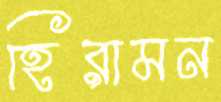
হিরামন